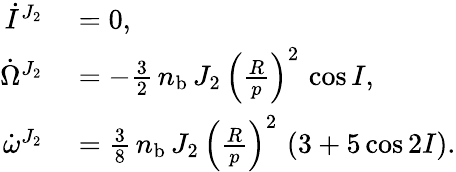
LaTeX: \begin{array}{rl}{\dot{I}^{J_{2}}}&{{}=0,}\\ {\dot{\Omega}^{J_{2}}}&{{}=-\frac{3}{2}\, n_{\mathrm{b}}\, J_{2}\, \left(\frac{R}{p}\right)^{2}\, \cos I,}\\ {\dot{\omega}^{J_{2}}}&{{}=\frac{3}{8}\, n_{\mathrm{b}}\, J_{2}\, \left(\frac{R}{p}\right)^{2}\, \left(3+5\cos 2I\right).}\end{array}